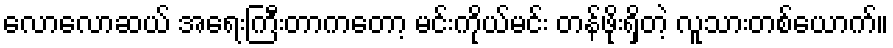
လောလောဆယ် အရေးကြီးတာကတော့ မင်းကိုယ်မင်း တန်ဖိုးရှိတဲ့ လူသားတစ်ယောက်။